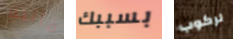
فانيلا بسببك لركوب